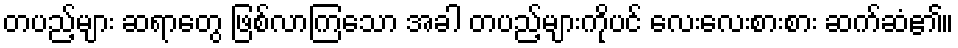
တပည့်များ ဆရာတွေ ဖြစ်လာကြသော အခါ တပည့်များကိုပင် လေးလေးစားစား ဆက်ဆံ၏။